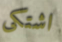
اشتكى